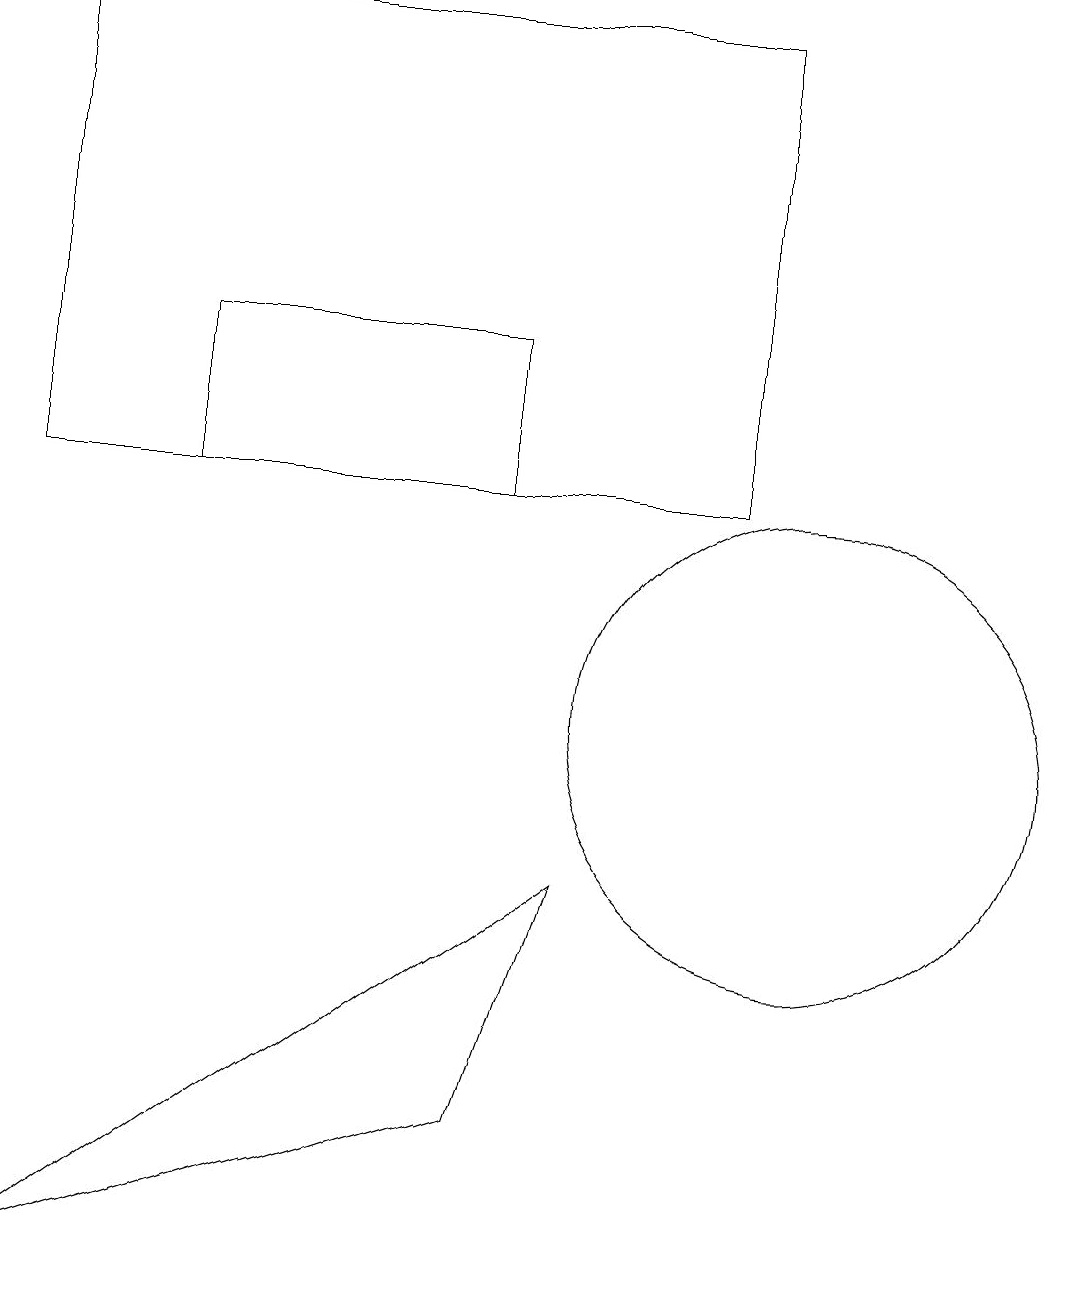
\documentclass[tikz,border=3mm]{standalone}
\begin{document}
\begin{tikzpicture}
\draw (6,5) -- (7,8) -- (0,3) -- cycle;
\draw (2,13) rectangle (6,15);
\draw (10,10) circle (3);
\draw (0,19) rectangle (9,13);
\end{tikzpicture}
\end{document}